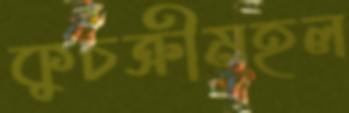
কুচক্রীমহল